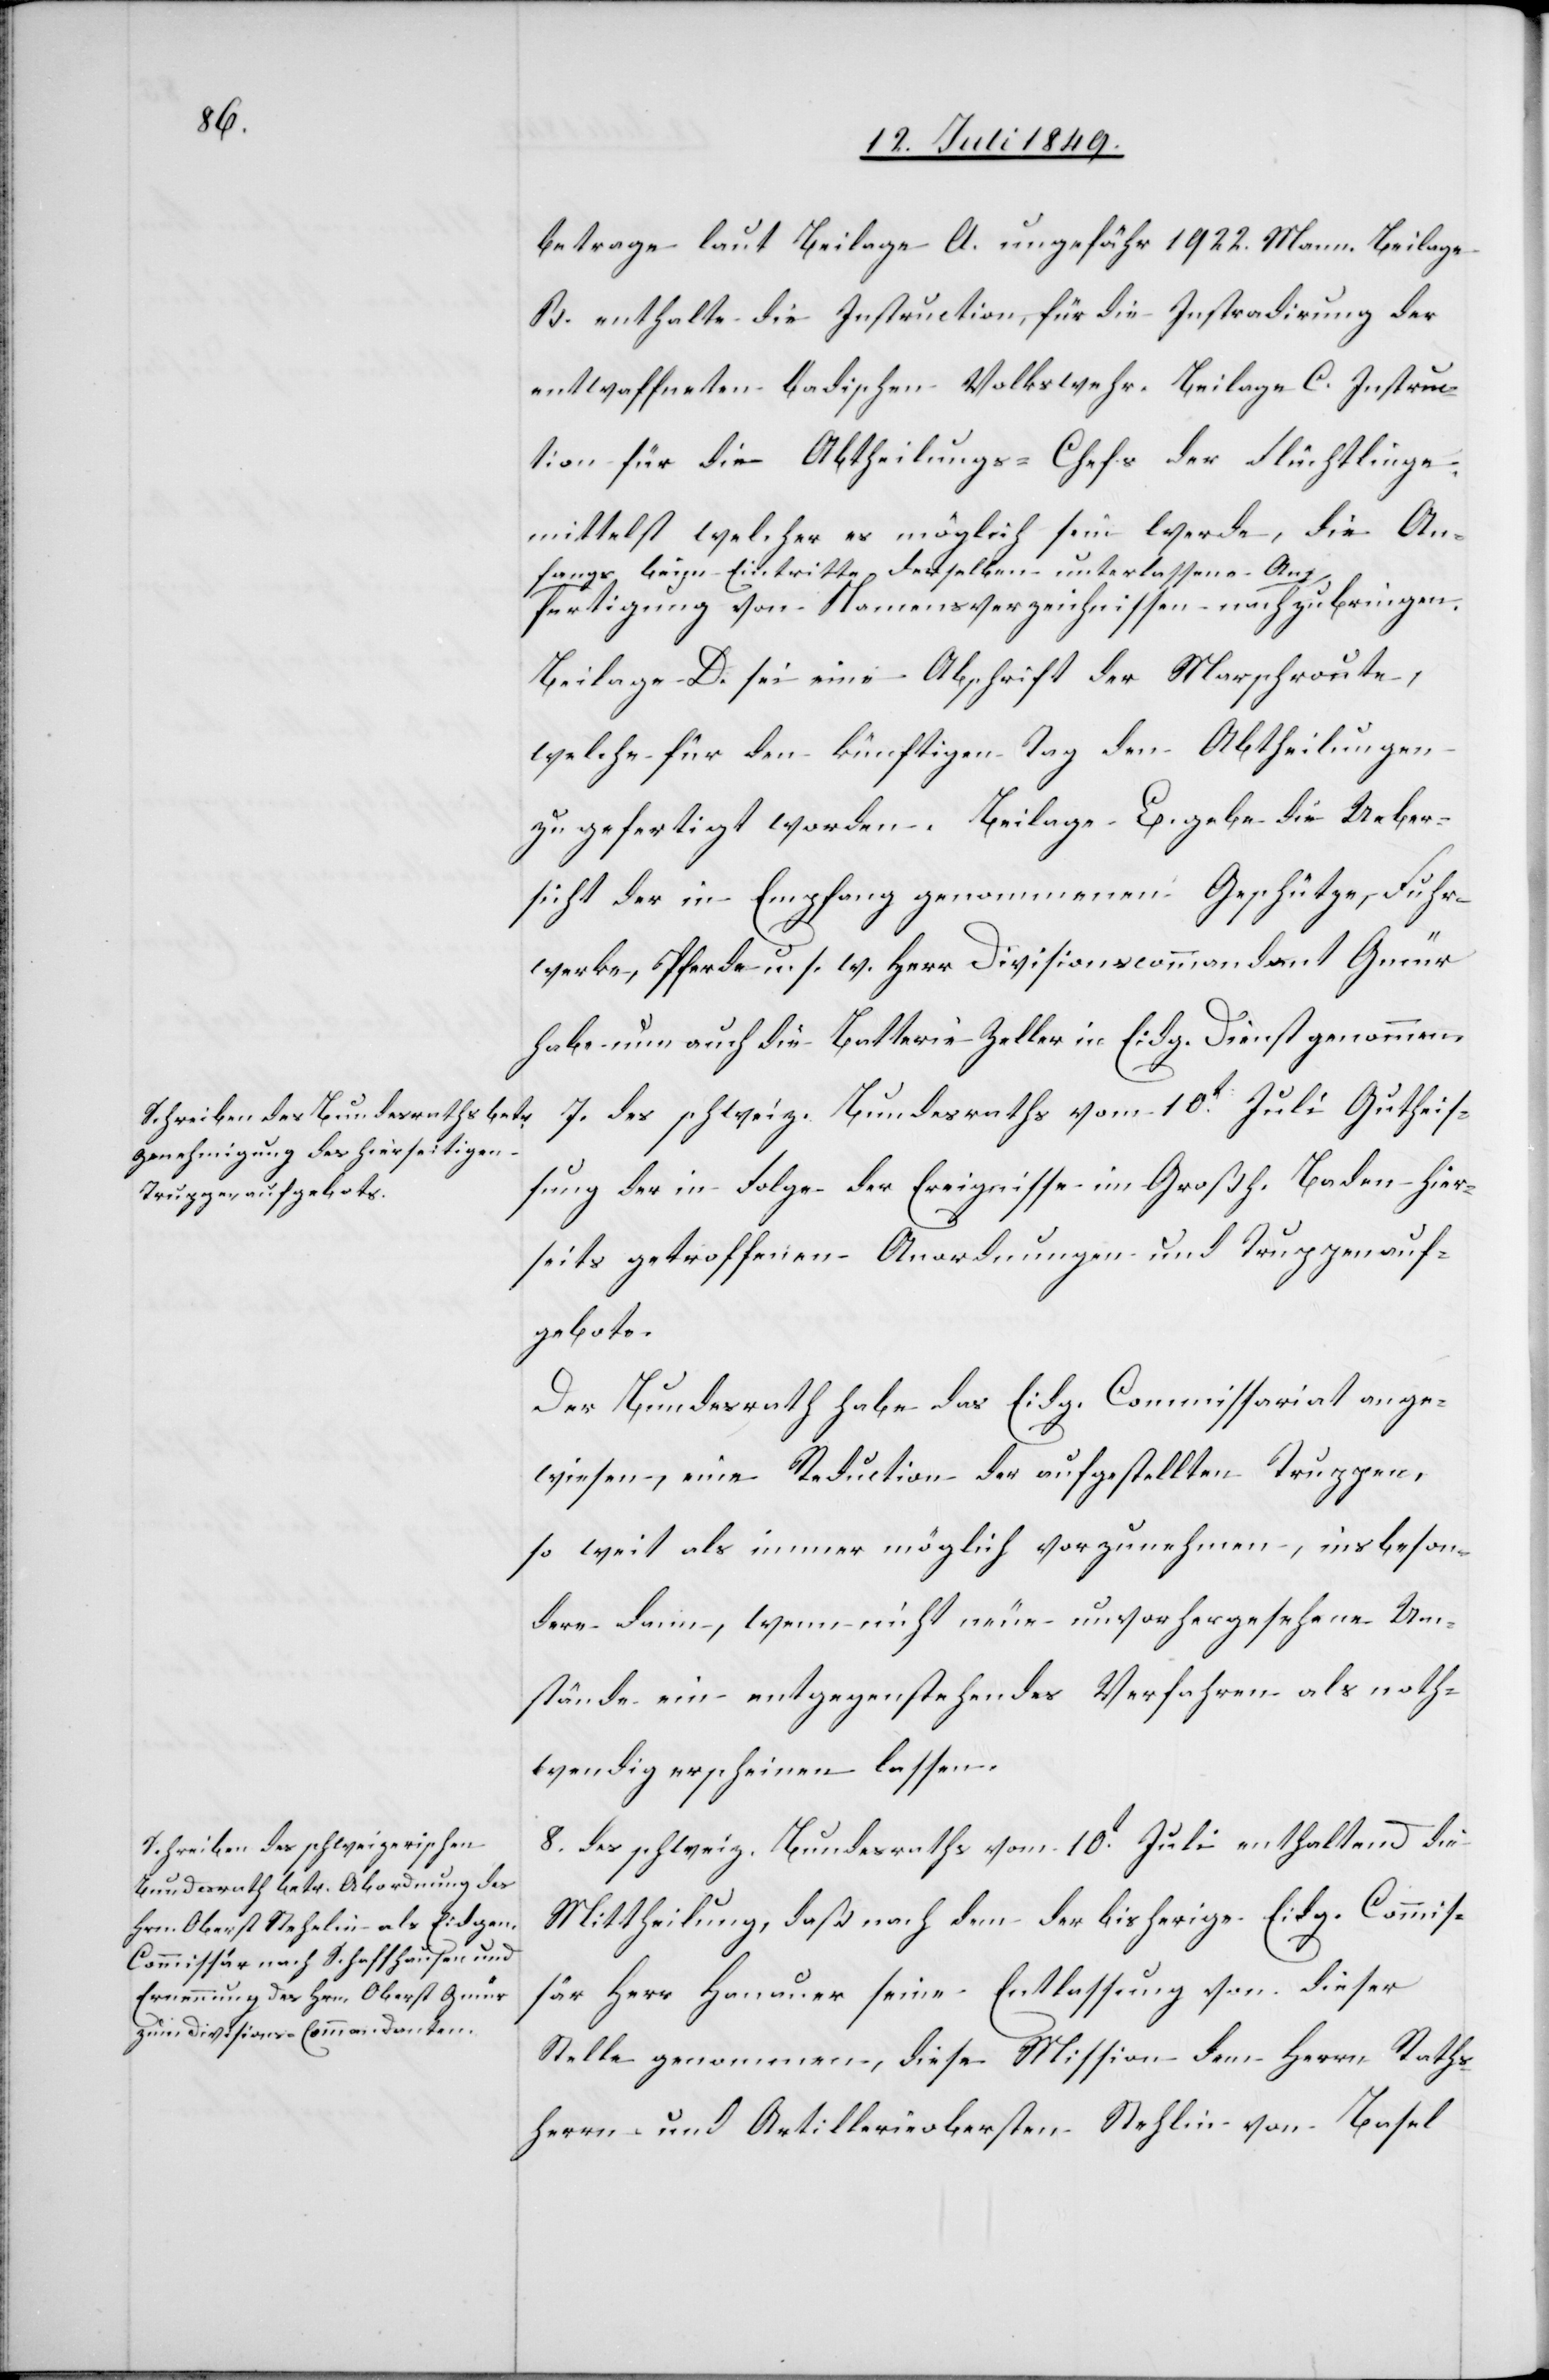
betrage laut Beilage A. ungefähr 1922. Mann. Beilage
B. enthalte die Instruction, für die Instradirung der
entwaffneten badischen Volkswehr. Beilage C. Instruc¬
tion für die Abtheilungs-Chefs der Flüchtlinge
mittelst welcher es möglich sein werde, die An¬
fangs beym Eintritte derselben unterlassene An¬
fertigung von Namensverzeichnissen nachzubringen.
Beilage D. sei eine Abschrift der Marschroute,
welche für den künftigen Tag den Abtheilungen
zu gefertigt worden. Beilage E. gebe die Ueber¬
sicht der in Empfang genommenen Geschütze, Fuhr¬
werke, Pferde u. s. w. Herr Divisionscommandant Gmür
habe nun auch die Batterie Zeller in Eidg. Dienst genommen.
7. des schweiz. Bundesraths vom 10t Juli Gutheis¬
sung der in Folge der Ereignisse im Großh. Baden hier¬
seits getroffenen Anordnungen und Truppenauf¬
gebote.
Der Bundesrath habe das Eidg. Commissariat ange¬
wiesen, eine Reduction der aufgestellten Truppen,
so weit als immer möglich vorzunehmen, insbeson¬
dere dann, wenn nicht neue unvorhergesehene Um¬
stände ein entgegenstehendes Verfahren als noth¬
wendig erscheinen lassen.
8. des schweiz. Bundesraths vom 10t Juli enthaltend die
Mittheilung, daß nach dem der bisherige Eidg. Commis¬
sär Herr Hanauer seine Entlassung von dieser
Stelle genommen, diese Mission dem Herrn Raths¬
herrn und Artillerieobersten Stehlin von Basel